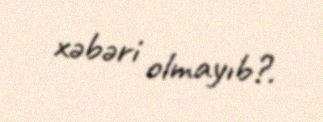
xəbəri olmayıb?.